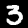
Digit: 3